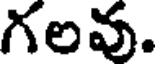
గలవు.